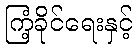
ကြံ့ခိုင်ရေးနှင့်